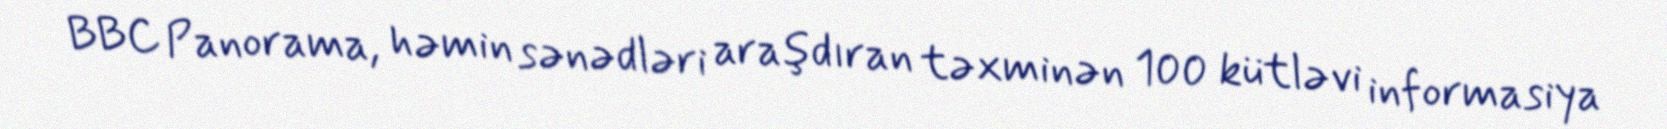
BBC Panorama, həmin sənədləri araşdıran təxminən 100 kütləvi informasiya